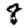
Digit: 8